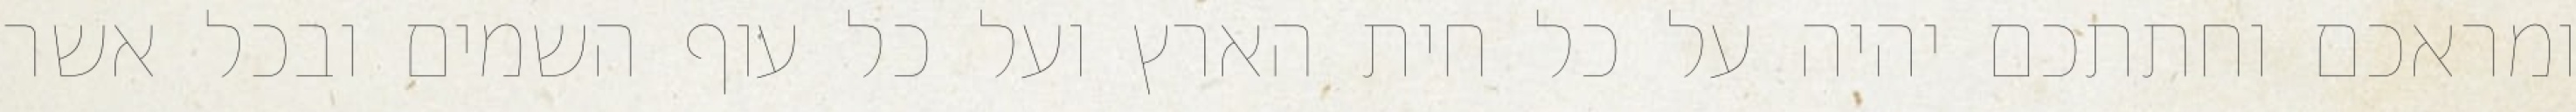
ומראכם וחתתכם יהיה על כל חית הארץ ועל כל עוף השמים ובכל אשר